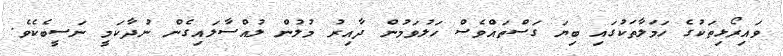
ވައިރޯޅިތަކުގެ ހަމަލާތަކުގައި ބިޔަ ގަސްތައްވެސް ހަލުވަމުން ދާއިރު މުލުން ލުއްސާލައިގެން ނުދާކަމީ ނަސީބެކެވެ.